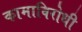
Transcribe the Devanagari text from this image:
कामाविरोधी